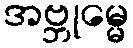
အဗ္ဘုမ္မေ